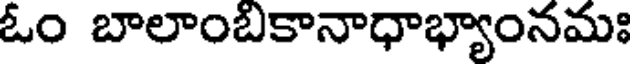
ఓం బాలాంబికానాధాభ్యాంనమః